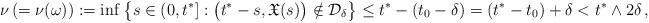
LaTeX: \begin{align*}\ \ \nu \,(=\nu(\omega)):=\inf \big\{s\in (0, t^*] : \big(t^*-s,\mathfrak{X}(s)\big)\notin \mathcal{D}_{\delta} \big\} \le t^*-(t_0-\delta)=(t^*-t_0)+\delta<t^* \wedge 2\delta\,,\end{align*}